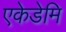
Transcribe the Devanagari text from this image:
एकेडेमि